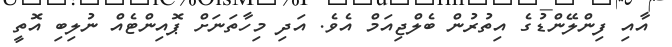
އާއި ފިންލޭންޑުގެ އިތުރުން ބެލްޖިއަމް އެވެ. އަދި މިހާތަނަށް ޕޮއިންޓެއް ނުލިބި އޮތީ